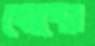
খোপের